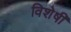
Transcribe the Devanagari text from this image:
विशेषीं